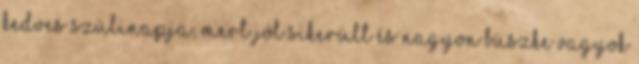
Kedves szülinapja, mert jól sikerült és nagyon büszke vagyok